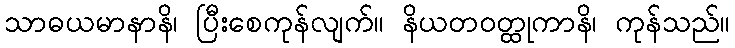
သာဓယမာနာနိ၊ ပြီးစေကုန်လျက်။ နိယတဝတ္ထုကာနိ၊ ကုန်သည်။